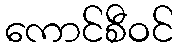
ကောင်စီဝင်